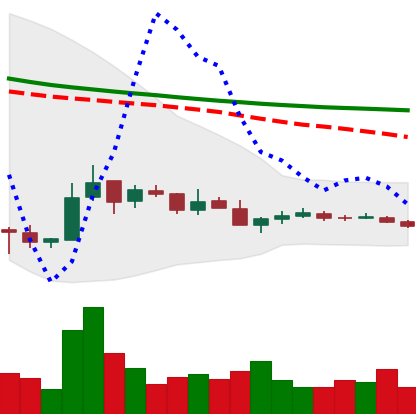
Ticker: TRX-USD
Chart end date: 2018-12-14
Forward return: 22.622%
Label: up_7plus